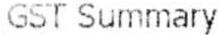
GST SUMMARY